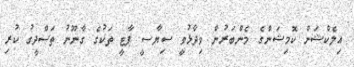
އިލެކްޝަން ކޮމިޝަންގެ މެންބަރުން ވިދާޅުވީ ސިޔާސީ ޕާޓީ ތަކުގެ ގާނޫނު ތަސްދީގު ކުރި